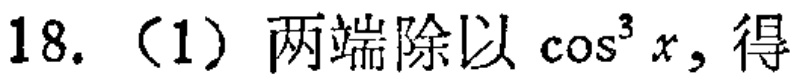
18. （1）两端除以\(\cos^{3}x\)，得